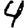
Digit: 4